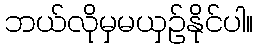
ဘယ်လိုမှမယှဉ်နိုင်ပါ။